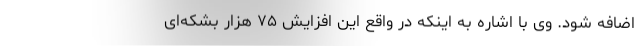
اضافه شود. وی با اشاره به اینکه در واقع این افزایش ۷۵ هزار بشکه‌ای